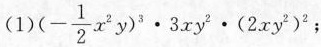
(1)$$(- \frac{1}{2}x^{2}y)^{3}\cdot 3xy^{2}\cdot(2xy^{2})^{2}$$